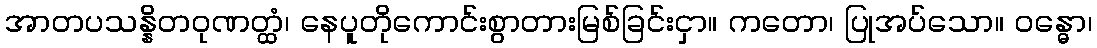
အာတပသန္နိတဝုဏတ္ထံ၊ နေပူတိုကောင်းစွာတားမြစ်ခြင်းငှာ။ ကတော၊ ပြုအပ်သော။ ဝန္ဓော၊